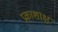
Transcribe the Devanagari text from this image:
प्रकाशाक्ष